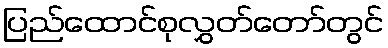
ပြည်ထောင်စုလွှတ်တော်တွင်